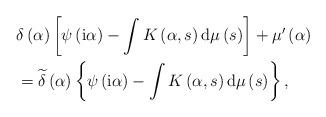
LaTeX: \begin{align*}& \delta\left( \alpha\right) \left[ \psi\left( \mathrm{i}\alpha\right)-\int K\left( \alpha,s\right) \mathrm{d}\mu\left( s\right) \right]+\mu^{\prime}\left( \alpha\right) \\& =\widetilde{\delta}\left( \alpha\right) \left\{ \psi\left(\mathrm{i}\alpha\right) -\int K\left( \alpha,s\right) \mathrm{d}\mu\left(s\right) \right\} ,\end{align*}